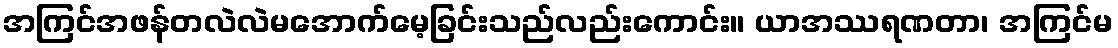
အကြင်အဖန်တလဲလဲမအောက်မေ့ခြင်းသည်လည်းကောင်း။ ယာအဿရဏတာ၊ အကြင်မ